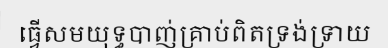
ធ្វើសមយុទ្ធបាញ់គ្រាប់ពិតទ្រង់ទ្រាយ